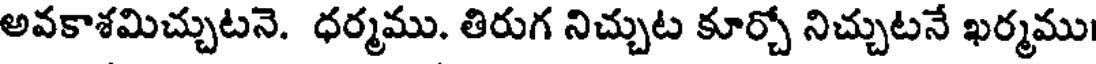
అవకాశమిచ్చుటనె. ధర్మము. తిరుగ నిచ్చుట కూర్చో నిచ్చుటనే ఖర్మము